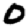
Digit: 0